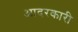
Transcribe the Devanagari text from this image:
आदरकारी